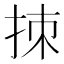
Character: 拺